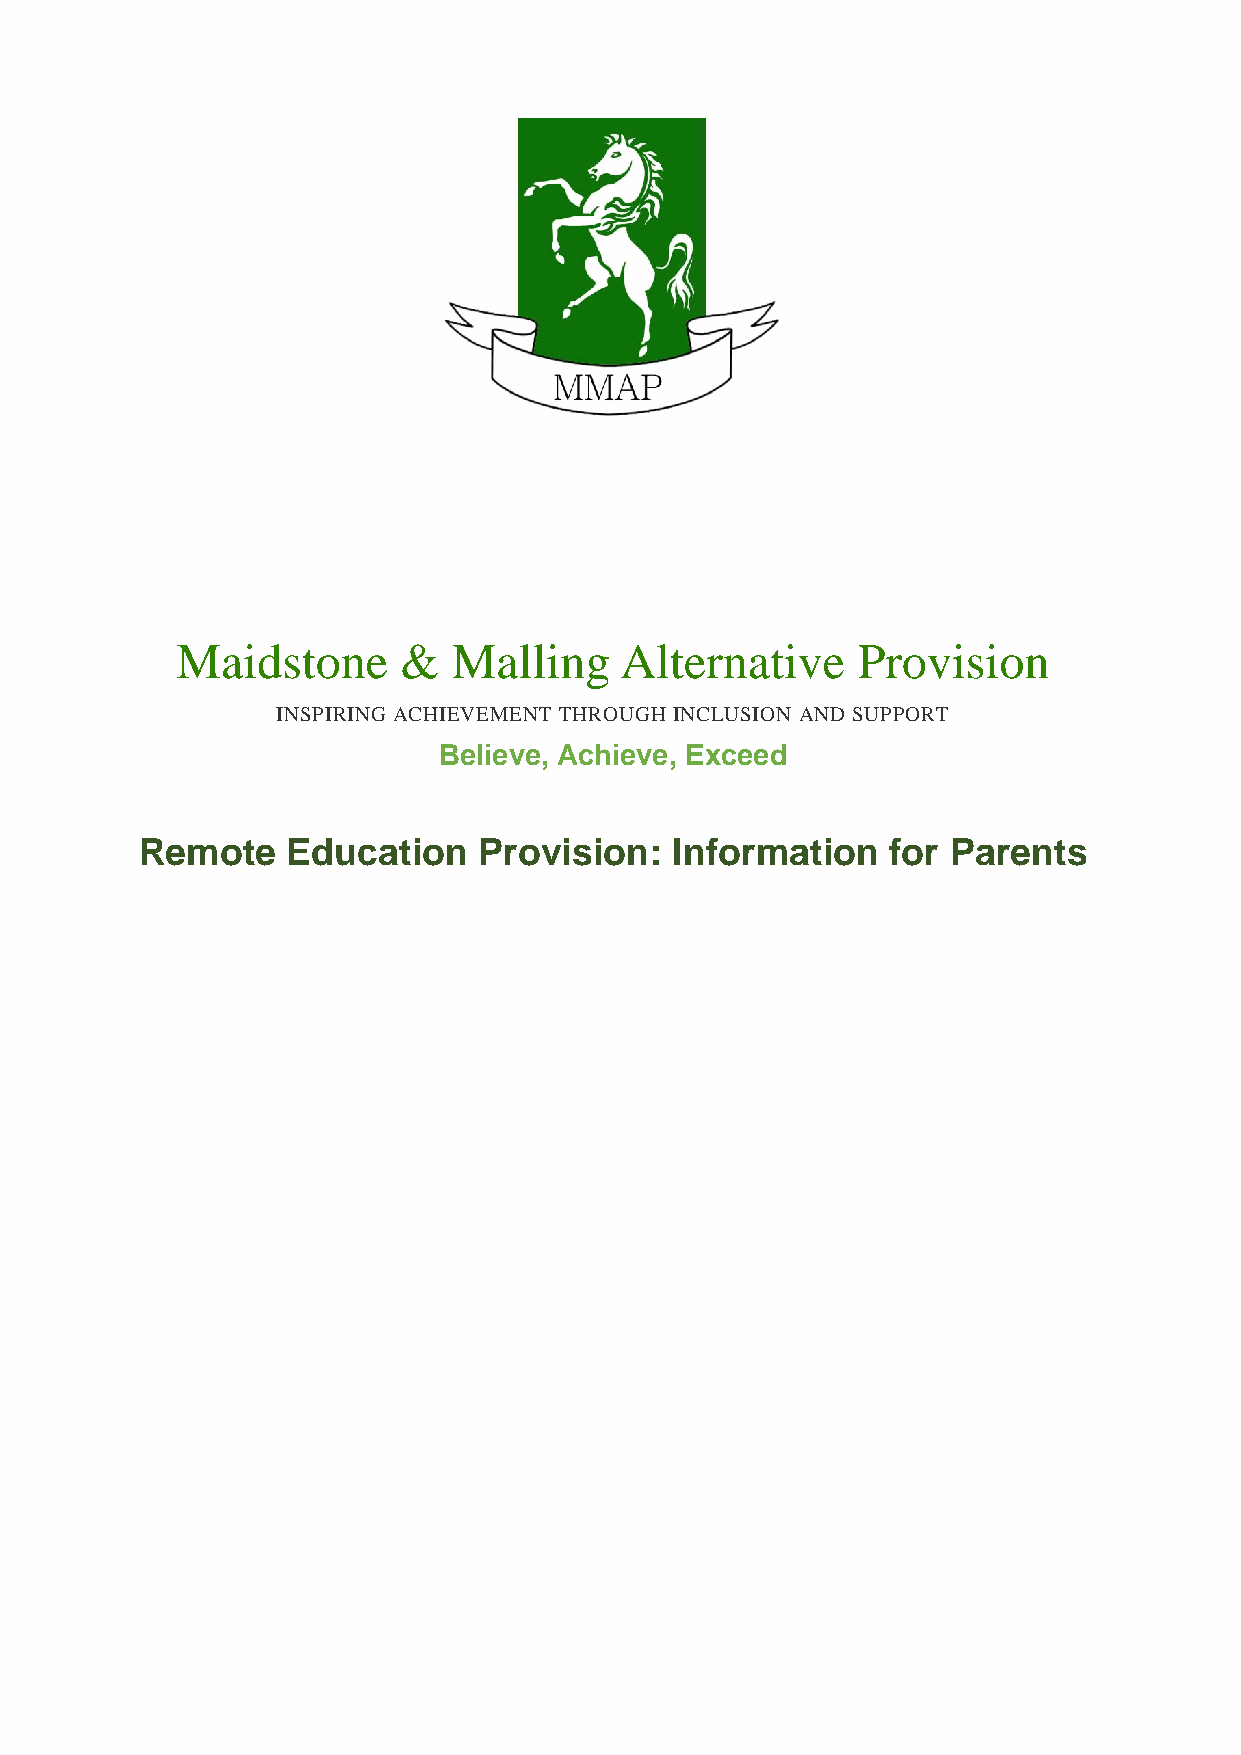
Maidstone     &   Malling    Alternative     Provision
 INSPIRING ACHIEVEMENT THROUGH INCLUSION AND SUPPORT
 Believe, Achieve, Exceed
 Remote    Education    Provision:   Information   for Parents